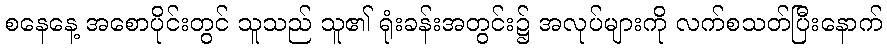
စနေနေ့ အစောပိုင်းတွင် သူသည် သူ၏ ရုံးခန်းအတွင်း၌ အလုပ်များကို လက်စသတ်ပြီးနောက်